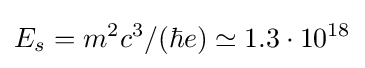
E_{s}=m^{2}c^{3}/(\hbar e)\simeq 1.3\cdot 10^{18}